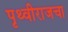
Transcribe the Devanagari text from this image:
पृथ्वीराजचा